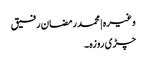
وغیرہ | محمد رمضان رفیق
چڑی روزہ ۔